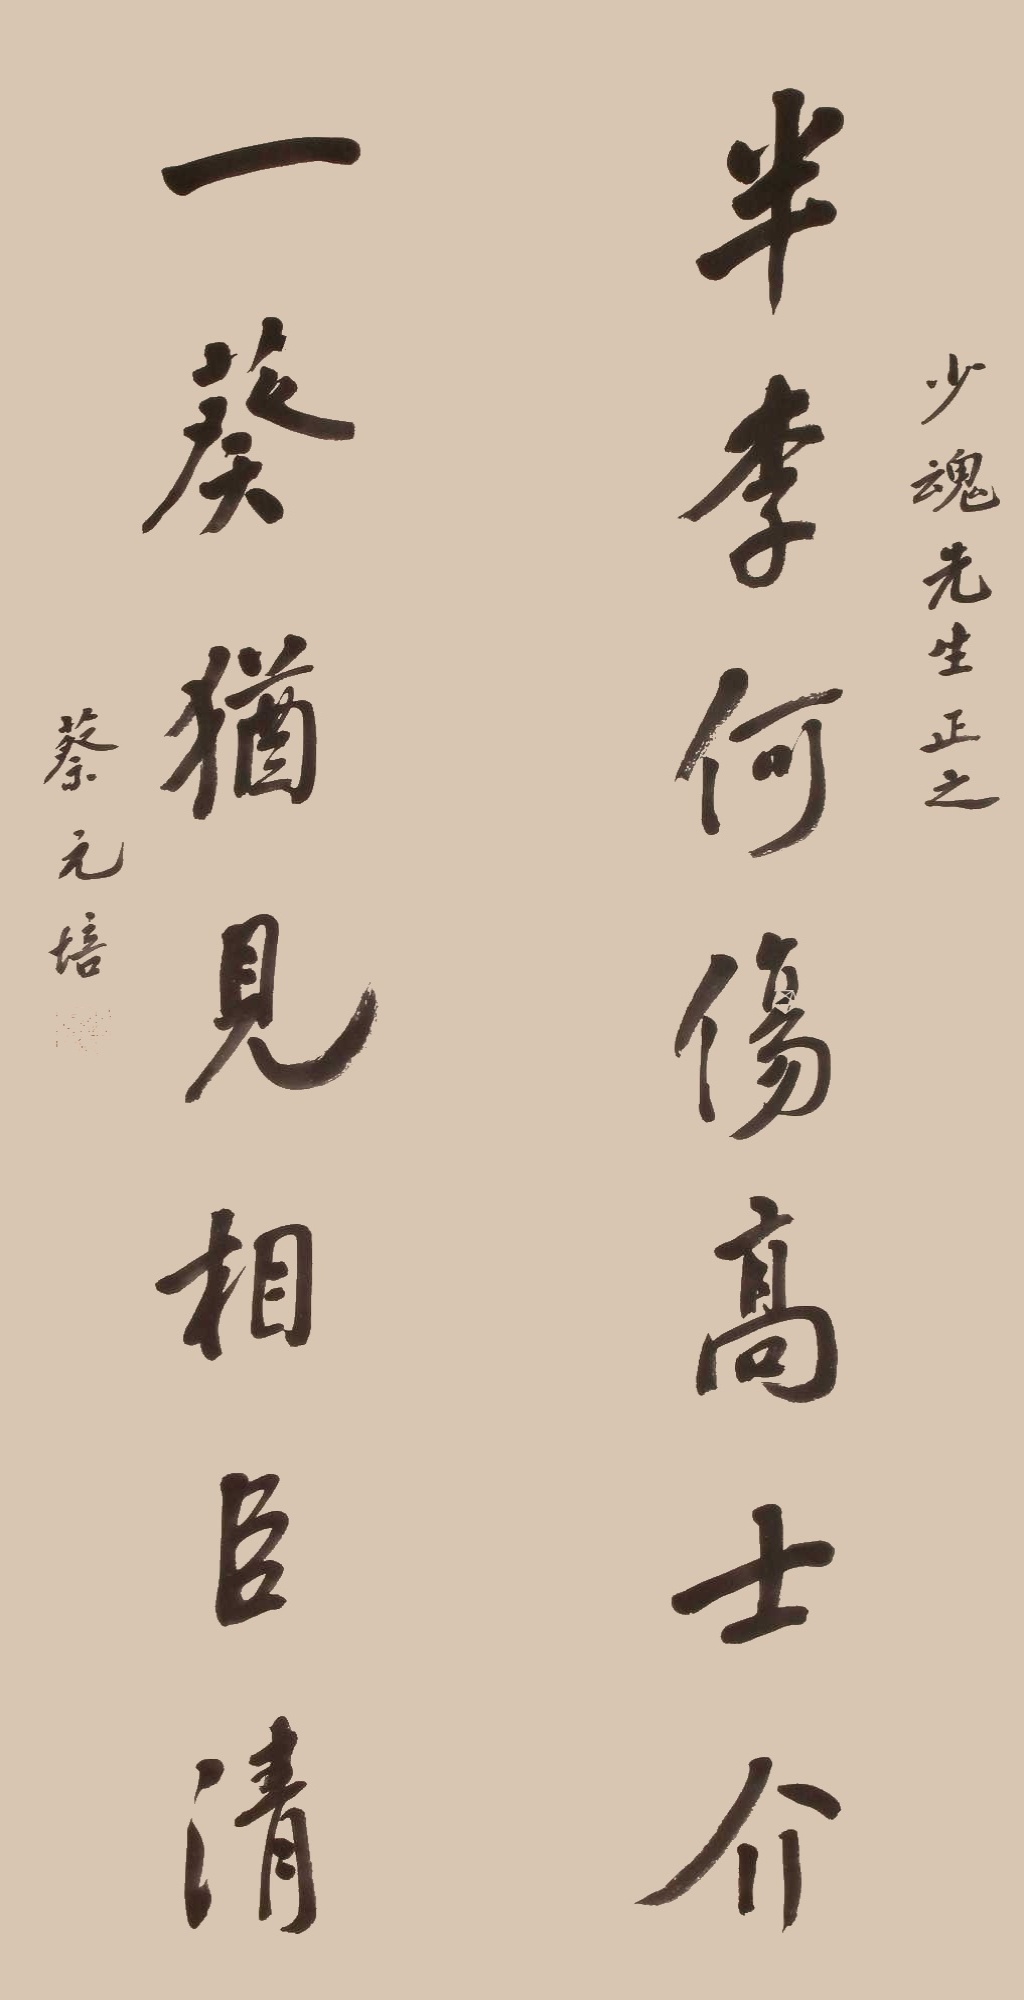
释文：半李何伤高士介，一葵犹见相臣清。少魂先生正之，蔡元培。